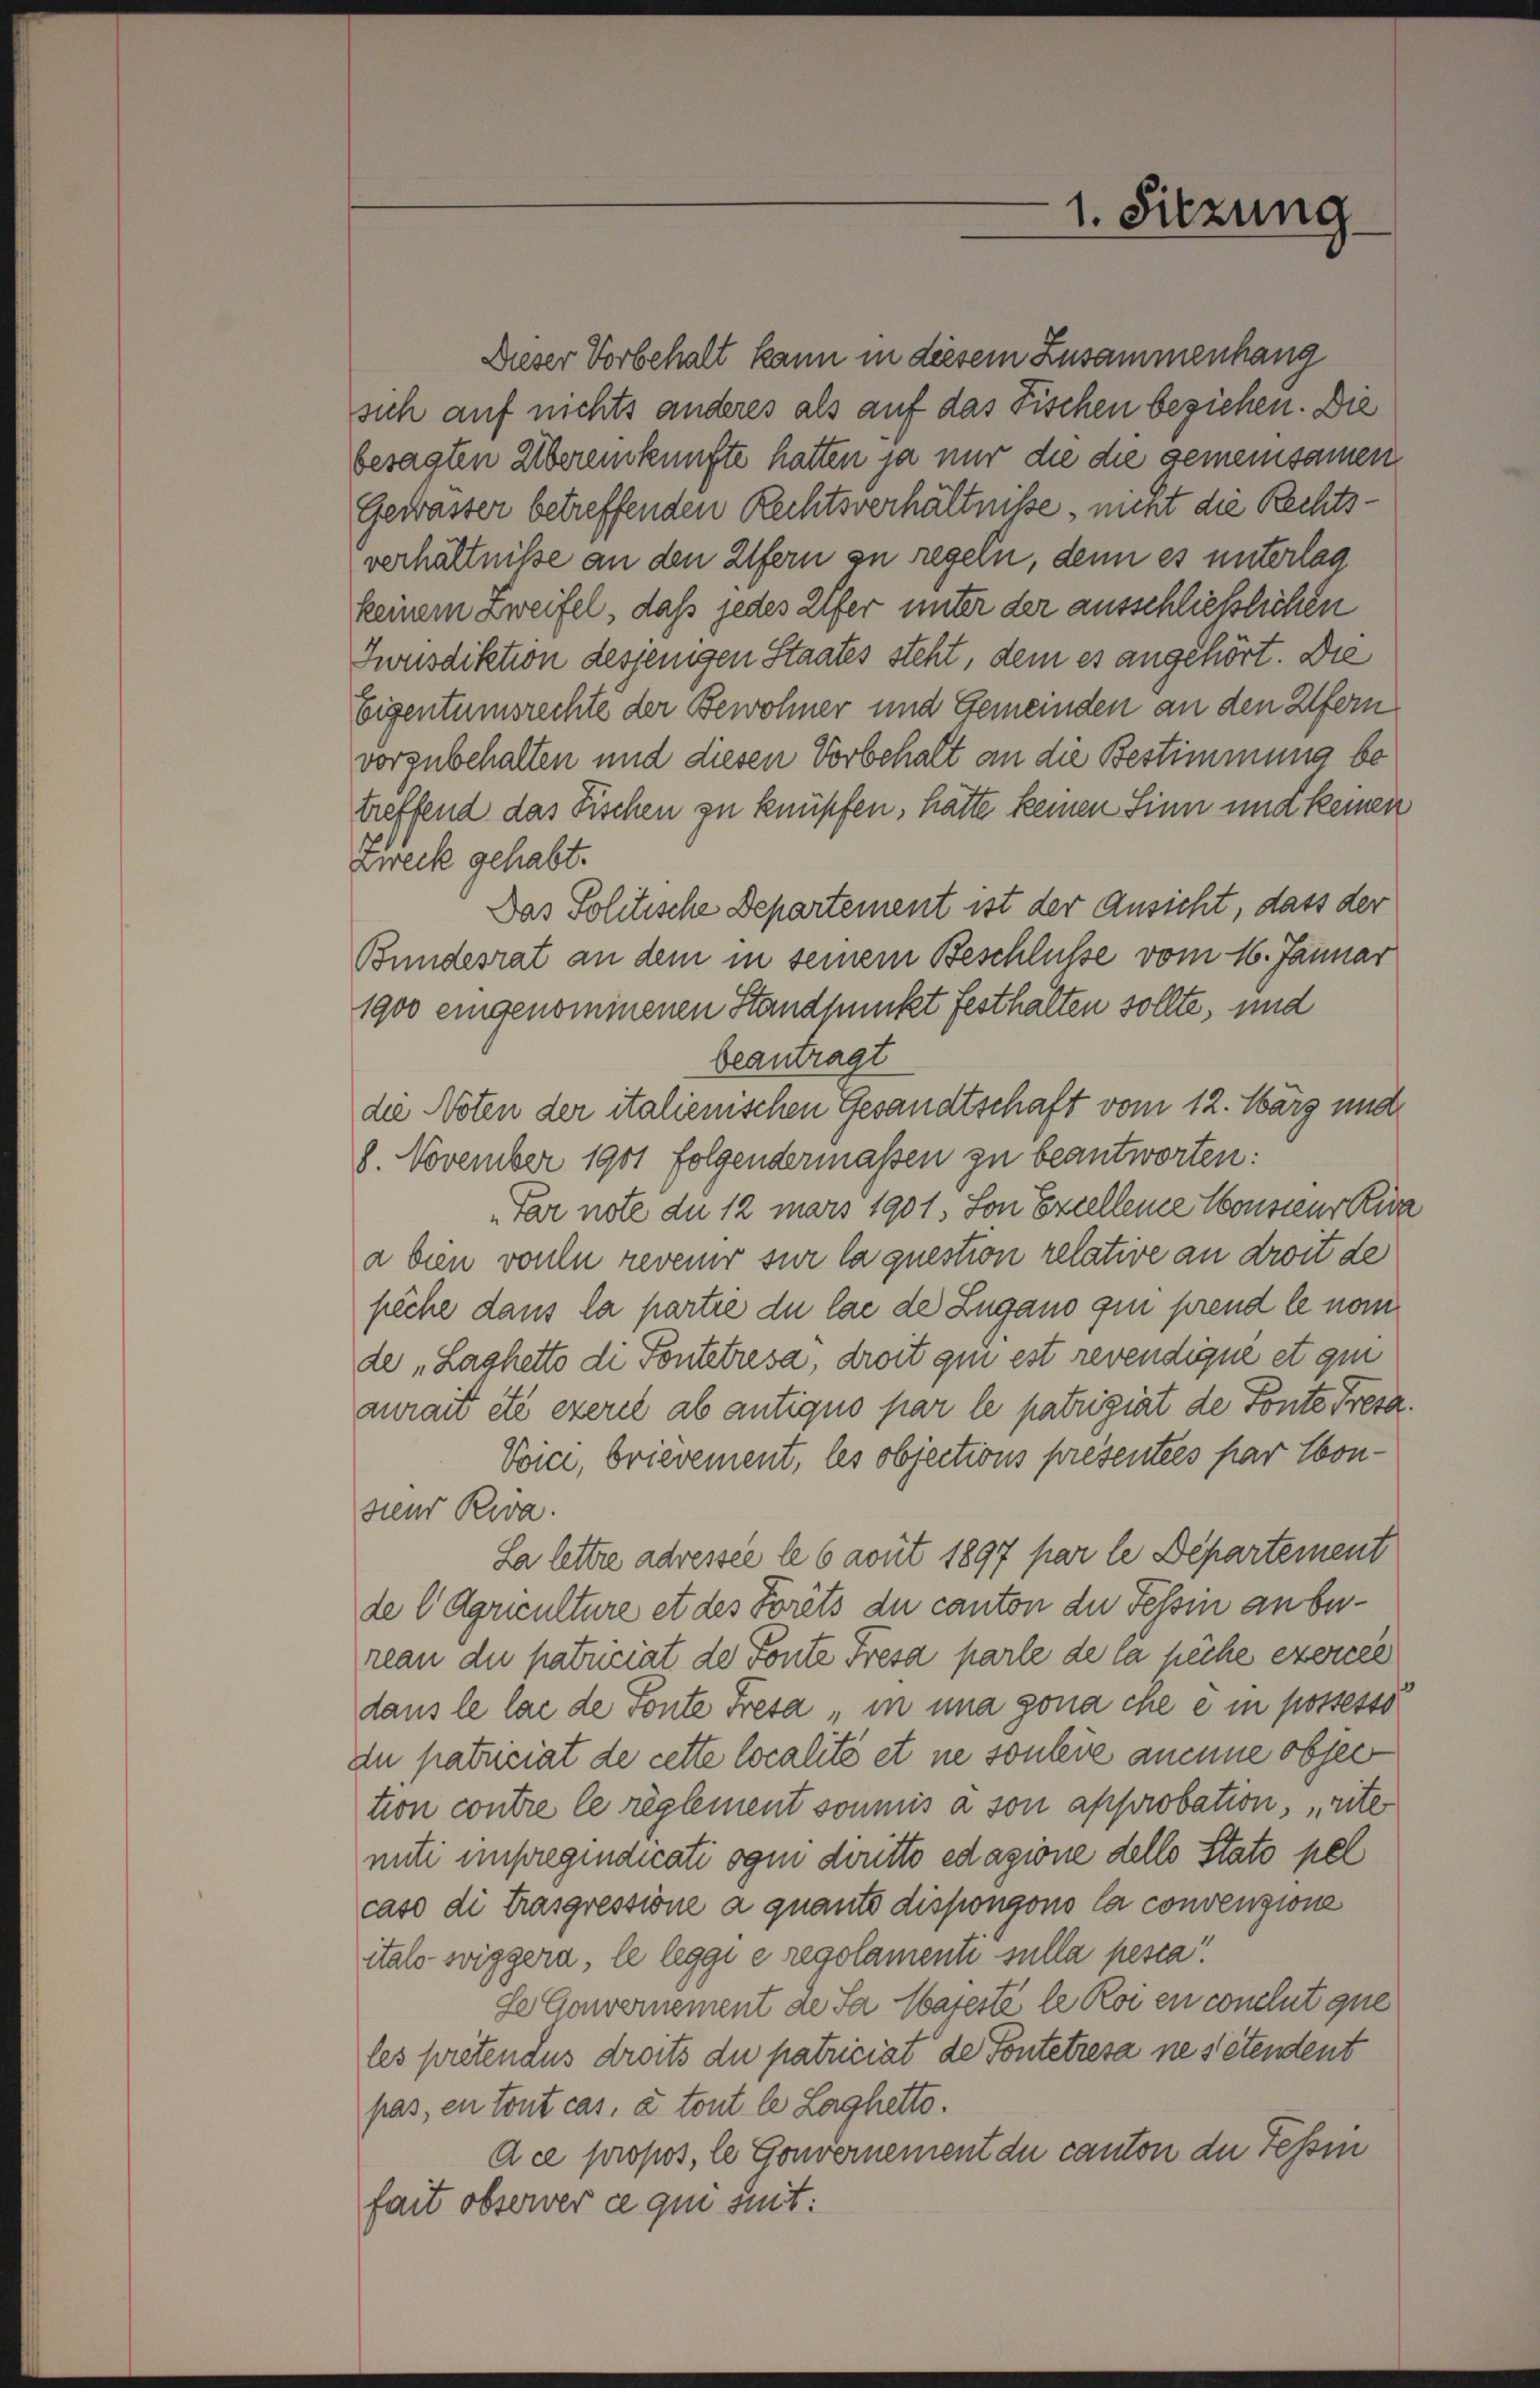
Dieser Vorbehalt kann in diesem Zusammenhang
sich auf nichts anderes als auf das Fischen beziehen. Die
besagten Übereinkünfte hatten ja nur die die gemeinsamen
Gewässer betreffenden Rechtsverhältnisse, nicht die Rechtsverhältnisse an den Ufern zu regeln, denn es unterlag
keinem zweifel, daß jedes Elfer unter der ausschließlichen
Jwusdiktion desjenigen Staates steht, dem es angehört. Die
Eigentumsrechte der Bewohner und Gemeinden an den Ufern
vorzubehalten und diesen Vorbehalt an die Bestimmung betreffend das Fischen zu knüpfen, hätte keinen Sinn und keinen
Zweck gehabt.
Das Politische Departement ist der Ansicht, dass der
Bundesrat an dem in seinem Beschlüsse vom 16. Januar
1900 eingenommenen Standpunkt festhalten sollte, und
beantragt
die Noten der italienischen Gesandtschaft vom 12. März und
8. November 1901 folgendermassen zu beantworten:
Par note du 12 mars 1901. Son Excellene Consieur Kura
a bien vouln revenuer sur la question relative an droit de
piche dans la partie du las de Zugano qui prend le nom
de „Laghetto di Pontetresa, droit qui est revendique et gin
zurait été exerce ab antiquo par le patriziat de Fonte Fresa.
Voici, brievement, les objections présentées par Abonsieur Reva
La lettre adressée le 6 avut 1897 par le Departement
de l Agriculture et des Forêts du canton der Tessin anbereau du patriciat der Fonte Fresa parle de la pêche exercel
dans le lai de Fonte Fresa „in una gona che ein possesso
iu patriciat de cette localité et ne sondere aneine objec
tion contre le règlement soumis à son approbation, rite
miti impregindicati ogen diritto edazione dello Stato pel
caso di trasgressione a quanto dispongono la convenzione
italo sviggern, le leggi e regolamente sulla pesca!
ge Gewernement de Ja Majeste le Roi en conclut que
les pretendus droits du patriciat de Pontetresa ne s’étendent
pas, en tout cas, à tout le Laghetto.
Ace propos, le Gouvernement der canton der Tessin
fait observer ce qui suit:

1. Sitzung